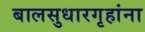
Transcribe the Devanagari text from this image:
बालसुधारगृहांना